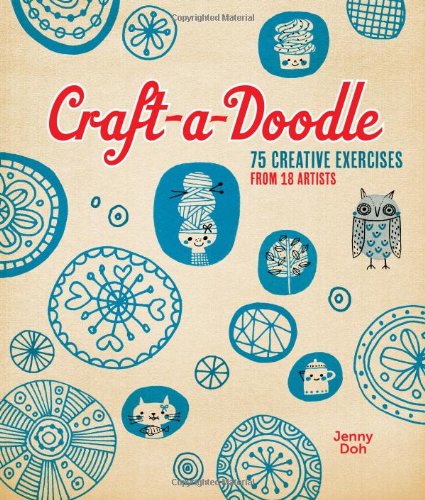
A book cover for Craft-a-Doodle: 75 Creative Exercises from 18 Artists; Jenny Doh; Arts & Photography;